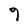
Character: 9